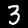
Label: 3